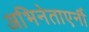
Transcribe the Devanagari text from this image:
अभिनेताएर्नी